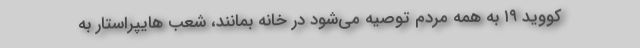
کووید ۱۹ به همه مردم توصیه می‌شود در خانه بمانند، شعب هایپراستار به